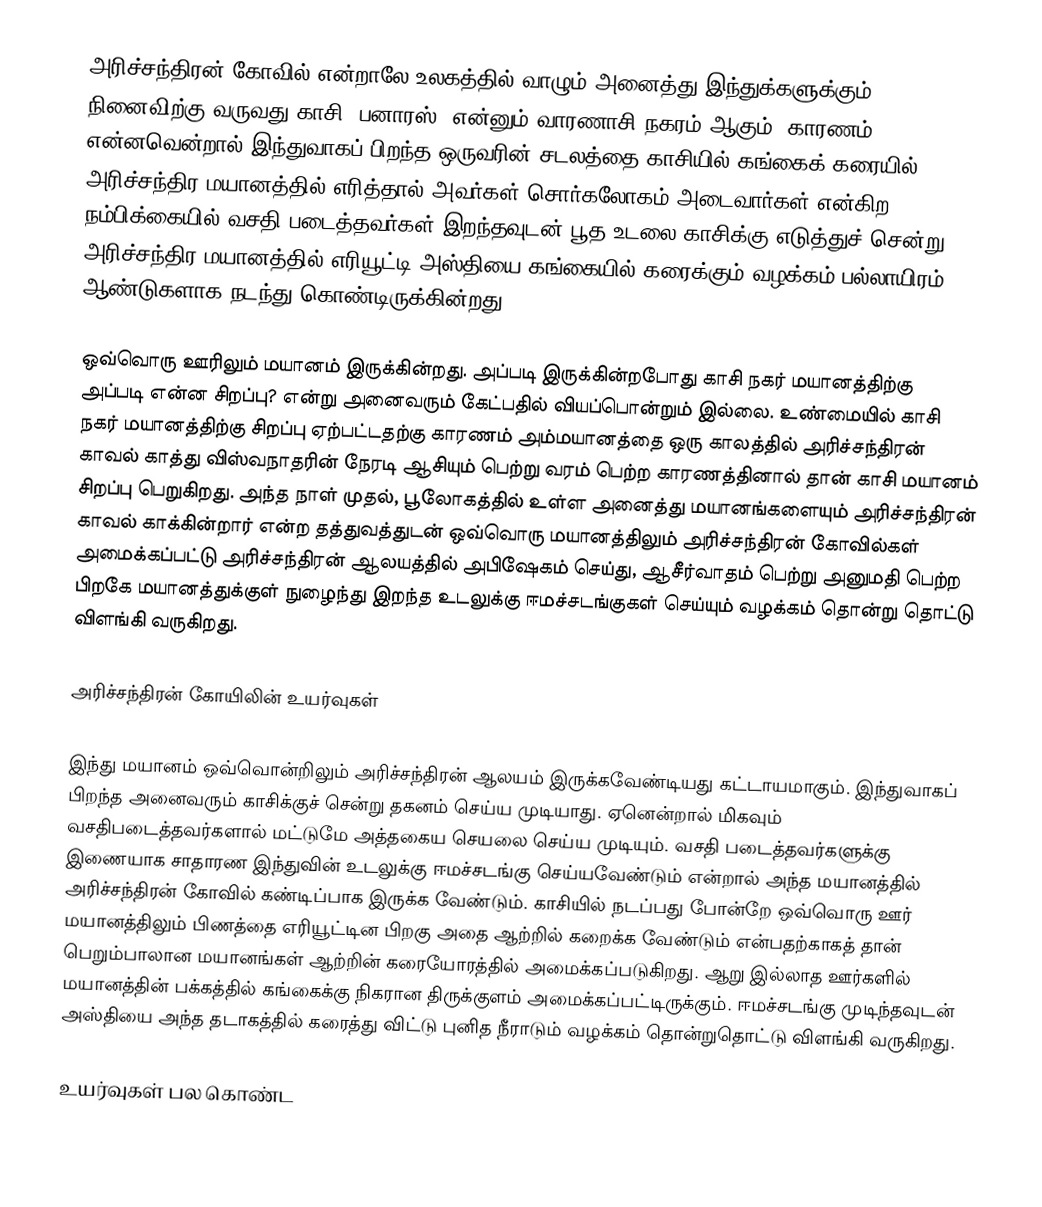
அரிச்சந்திரன் கோவில் என்றாலே உலகத்தில் வாழும் அனைத்து இந்துக்களுக்கும் நினைவிற்கு வருவது காசி (பனாரஸ்) என்னும் வாரணாசி நகரம் ஆகும். காரணம் என்னவென்றால் இந்துவாகப் பிறந்த ஒருவரின் சடலத்தை காசியில் கங்கைக் கரையில் அரிச்சந்திர மயானத்தில் எரித்தால் அவர்கள் சொர்கலோகம் அடைவார்கள் என்கிற நம்பிக்கையில் வசதி படைத்தவர்கள் இறந்தவுடன் பூத உடலை காசிக்கு எடுத்துச் சென்று அரிச்சந்திர மயானத்தில் எரியூட்டி அஸ்தியை கங்கையில் கரைக்கும் வழக்கம் பல்லாயிரம் ஆண்டுகளாக நடந்து கொண்டிருக்கின்றது.

ஒவ்வொரு ஊரிலும் மயானம் இருக்கின்றது. அப்படி இருக்கின்றபோது காசி நகர் மயானத்திற்கு அப்படி என்ன சிறப்பு? என்று அனைவரும் கேட்பதில் வியப்பொன்றும் இல்லை. உண்மையில் காசி நகர் மயானத்திற்கு சிறப்பு ஏற்பட்டதற்கு காரணம் அம்மயானத்தை ஒரு காலத்தில் அரிச்சந்திரன் காவல் காத்து விஸ்வநாதரின் நேரடி ஆசியும் பெற்று வரம் பெற்ற காரணத்தினால் தான் காசி மயானம் சிறப்பு பெறுகிறது. அந்த நாள் முதல், பூலோகத்தில் உள்ள அனைத்து மயானங்களையும் அரிச்சந்திரன் காவல் காக்கின்றார் என்ற தத்துவத்துடன் ஒவ்வொரு மயானத்திலும் அரிச்சந்திரன் கோவில்கள் அமைக்கப்பட்டு அரிச்சந்திரன் ஆலயத்தில் அபிஷேகம் செய்து, ஆசீர்வாதம் பெற்று அனுமதி பெற்ற பிறகே மயானத்துக்குள் நுழைந்து இறந்த உடலுக்கு ஈமச்சடங்குகள் செய்யும் வழக்கம் தொன்று தொட்டு விளங்கி வருகிறது.

அரிச்சந்திரன் கோயிலின் உயர்வுகள்

இந்து மயானம் ஒவ்வொன்றிலும் அரிச்சந்திரன் ஆலயம் இருக்கவேண்டியது கட்டாயமாகும். இந்துவாகப் பிறந்த அனைவரும் காசிக்குச் சென்று தகனம் செய்ய முடியாது. ஏனென்றால் மிகவும் வசதிபடைத்தவர்களால் மட்டுமே அத்தகைய செயலை செய்ய முடியும். வசதி படைத்தவர்களுக்கு இணையாக சாதாரண இந்துவின் உடலுக்கு ஈமச்சடங்கு செய்யவேண்டும் என்றால் அந்த மயானத்தில் அரிச்சந்திரன் கோவில் கண்டிப்பாக இருக்க வேண்டும். காசியில் நடப்பது போன்றே ஒவ்வொரு ஊர் மயானத்திலும் பிணத்தை எரியூட்டின பிறகு அதை ஆற்றில் கறைக்க வேண்டும் என்பதற்காகத் தான் பெறும்பாலான மயானங்கள் ஆற்றின் கரையோரத்தில் அமைக்கப்படுகிறது. ஆறு இல்லாத ஊர்களில் மயானத்தின் பக்கத்தில் கங்கைக்கு நிகரான திருக்குளம் அமைக்கப்பட்டிருக்கும். ஈமச்சடங்கு முடிந்தவுடன் அஸ்தியை அந்த தடாகத்தில் கரைத்து விட்டு புனித நீராடும் வழக்கம் தொன்றுதொட்டு விளங்கி வருகிறது.

உயர்வுகள் பல கொண்ட